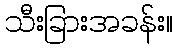
သီးခြားအခန်း။